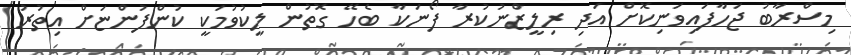
މިސްރާބު ޖަހާފައިވަނިކޮށް އަދި ރިލީޒްނުކުރާ ފޯނަކާ ބެހޭ ގޮތުން ލީކުވުމަކީ ކުންފުންޏަށް އިތުރު